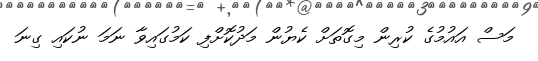
މަސް އައުމުގެ ކުރިން މިގޮތަށް ކެޔުން މަދުކޮށްފި ކަމުގައިވާ ނަމަ ނުކައި ގިނަ